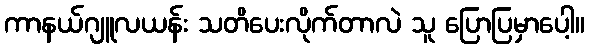
ကာနယ်ဂျူလယန်း သတိပေးလိုက်တာလဲ သူ ပြောပြမှာပေါ့။